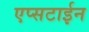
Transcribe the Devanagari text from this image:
एप्सटाईन